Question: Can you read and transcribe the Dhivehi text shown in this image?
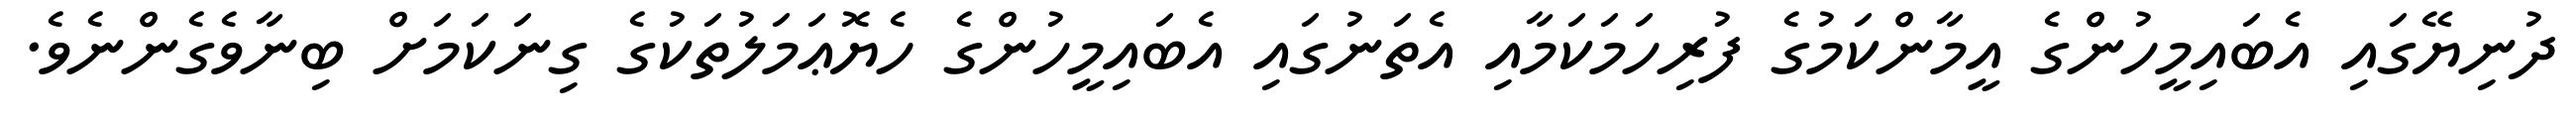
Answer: ދުނިޔޭގައި އެބައިމީހުންގެ އީމާންކަމުގެ ފުރިހަމަކަމާއި އެތަނުގައި އެބައިމީހުންގެ ހެޔޮޢަމަލުތަކުގެ ގިނަކަމަށް ބިނާވެގެންނެވެ.